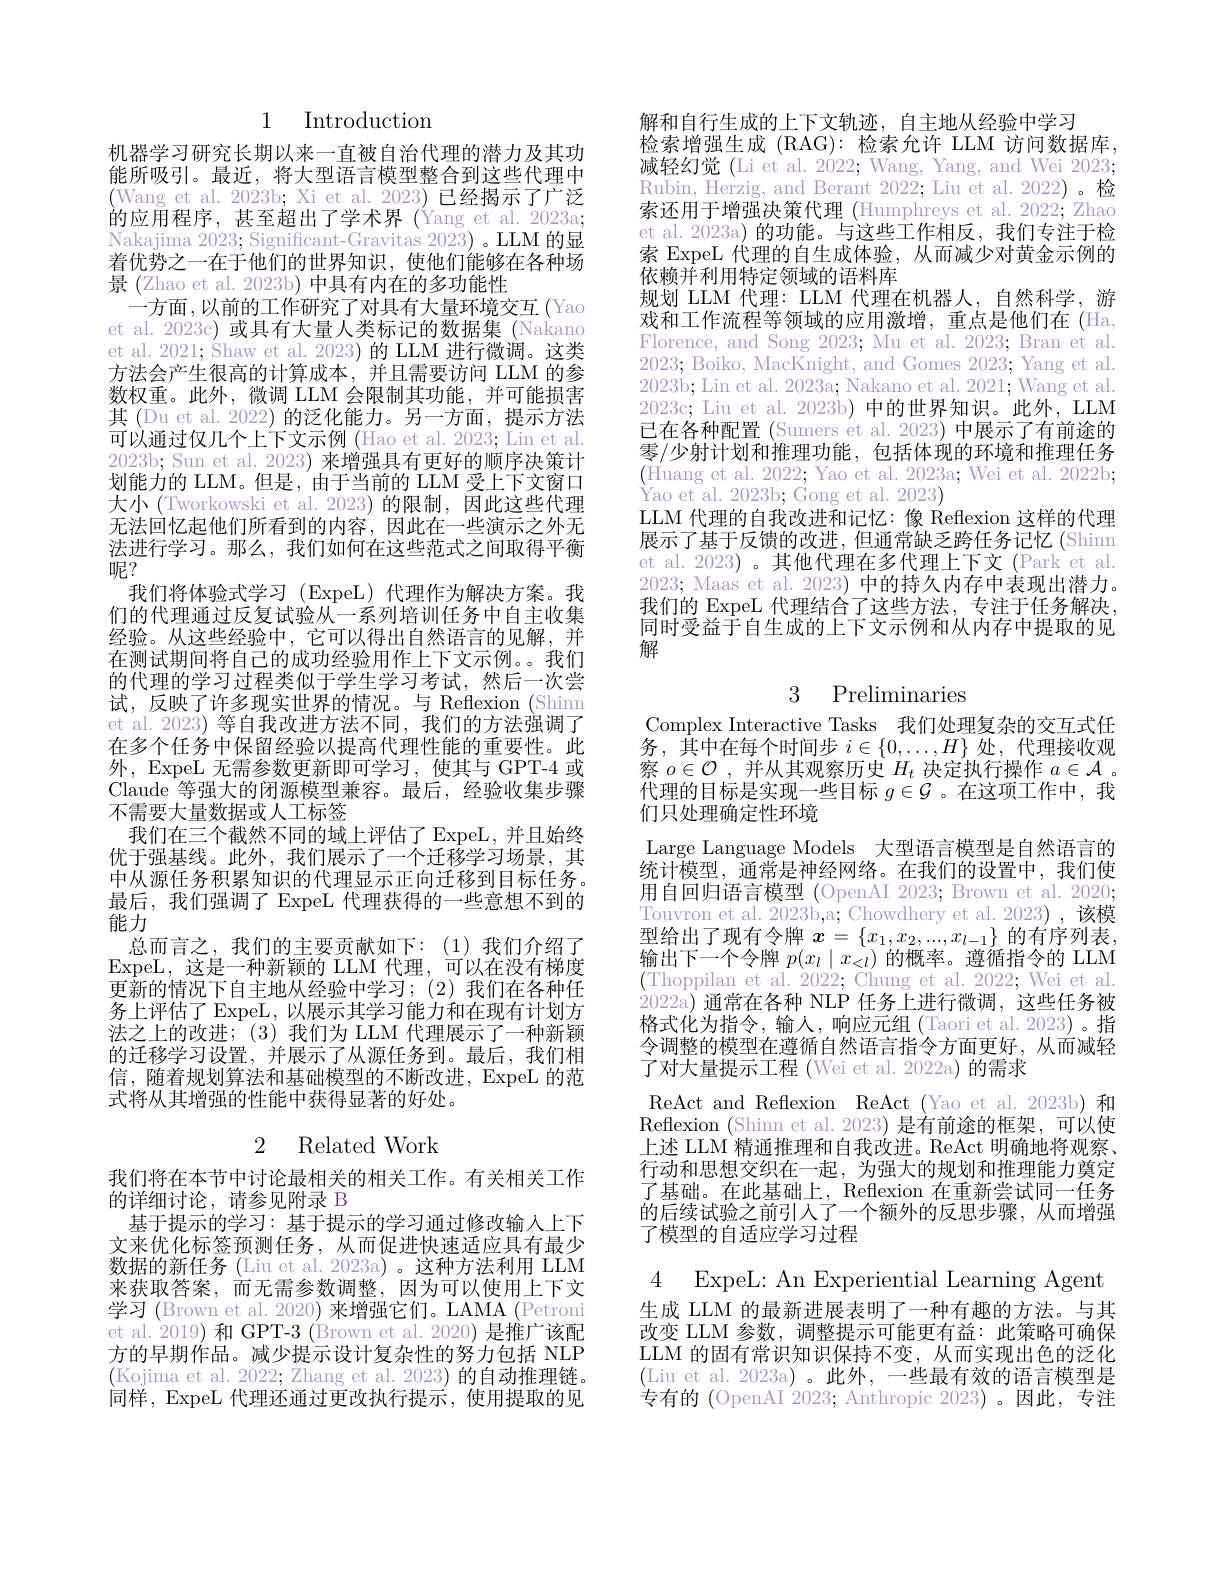
1 Introduction

机器学习研究长期以来一直被自治代理的潜力及其功能所吸引。最近，将大型语言模型整合到这些代理中(Wang et al. 2023b; Xi et al. 2023) 已经揭示了广泛的应用程序，甚至超出了学术界(Yang et al.2023a; Nakajima 2023; Significant-Gravitas 2023) 。LLM 的显着优势之一在于他们的世界知识，使他们能够在各种场景 (Zhao et al. 2023b) 中具有内在的多功能性
一方面 , 以前的工作研究了对具有大量环境交互 (Yao et al. 2023c) 或具有大量人类标记的数据集 (Nakano et al. 2021; Shaw et al. 2023) 的 LLM 进 行 微 调 。这 类 方法会产生很高的计算成本，并且需要访问 LLM 的参数权重。此外，微调 LLM 会限制其功能，并可能损害其 (Du et al. 2022) 的泛化能力。另一方面，提示方法可以通过仅几个上下文示例 (Hao et al. 2023; Lin et al. 2023b; Sun et al. 2023) 来增强具有更好的顺序决策计划能力的 LLM。但是，由于当前的 LLM 受上下文窗口大小 (Tworkowski et al. 2023) 的限制，因此这些代理无法回忆起他们所看到的内容，因此在一些演示之外无法进行学习。那么，我们如何在这些范式之间取得平衡呢？
我们将体验式学习(ExpeL)代理作为解决方案。我们的代理通过反复试验从一系列培训任务中自主收集经验。从这些经验中，它可以得出自然语言的见解，并在测试期间将自己的成功经验用作上下文示例。我们的代理的学习过程类似于学生学习考试，然后一次尝试，反映了许多现实世界的情况。与 Reflexion (Shinn et al. 2023) 等自我改进方法不同，我们的方法强调了在多个任务中保留经验以提高代理性能的重要性。此外，ExpeL 无需参数更新即可学习，使其与 GPT-4 或Claude 等强大的闭源模型兼容。最后，经验收集步骤不需要大量数据或人工标签
我们在三个截然不同的域上评估了 ExpeL,并且始终优于强基线。此外，我们展示了一个迁移学习场景，其中从源任务积累知识的代理显示正向迁移到目标任务。最后，我们强调了 ExpeL 代理获得的一些意想不到的能力
总而言之，我们的主要贡献如下：(1)我们介绍了ExpeL,这是一种新颖的 LLM 代理，可以在没有梯度更新的情况下自主地从经验中学习；(2)我们在各种任务上评估了 ExpeL, 以展示其学习能力和在现有计划方法之上的改进；(3)我们为 LLM 代理展示了一种新颖的迁移学习设置，并展示了从源任务到。最后，我们相信，随着规划算法和基础模型的不断改进，ExpeL 的范式将从其增强的性能中获得显著的好处。
2 Related Work

我们将在本节中讨论最相关的相关工作。有关相关工作
的详细讨论，请参见附录 B
基于提示的学习：基于提示的学习通过修改输人上下文来优化标签预测任务，从而促进快速适应具有最少数据的新任务 (Liu et al. 2023a) 。这种方法利用 LLM 来获取答案，而无需参数调整，因为可以使用上下文学习 (Brown et al. 2020) 来增强它们。LAMA (Petroni et al. 2019) 和 GPT-3 (Brown et al. 2020) 是推广该配方的早期作品。减少提示设计复杂性的努力包括 NLP (Kojima et al. 2022; Zhang et al. 2023) 的自动推理链。同样，ExpeL 代理还通过更改执行提示，使用提取的见

解和自行生成的上下文轨迹，自主地从经验中学习
检索增强生成 (RAG): 检索允许 LLM 访问数据库， 减轻幻觉 (Li et al. 2022; Wang, Yang, and Wei 2023; Rubin, Herzig, and Berant 2022; Liu et al. 2022) 。检索还用于增强决策代理 (Humphreys et al. 2022; Zhao et al. 2023a) 的功能。与这些工作相反，我们专注于检索 ExpeL 代理的自生成体验，从而减少对黄金示例的依赖并利用特定领域的语料库
规划 LLM 代理：LLM 代理在机器人，自然科学，游戏和工作流程等领域的应用激增，重点是他们在(Ha, Florence, and Song 2023; Mu et al. 2023; Bran et al. 2023; Boiko, MacKnight, and Gomes 2023; Yang et al. 2023b; Lin et al. 2023a; Nakano et al. 2021; Wang et al. 2023c; Liu et al. 2023b) 中的世界知识。此外，LLM 已在各种配置 (Sumers et al. 2023) 中展示了有前途的零/少射计划和推理功能，包括体现的环境和推理任务(Huang et al. 2022; Yao et al. 2023a; Wei et al. 2022b; $\dot{\text{Yao et al. 2023b; Gong et al. 2023}}$
LLM 代理的自我改进和记忆：像 Reflexion 这样的代理展示了基于反馈的改进，但通常缺乏跨任务记忆(Shinn et al. 2023) 。其他代理在多代理上下文 (Park et al. 2023; Maas et al. 2023) 中的持久内存中表现出潜力。我们的 ExpeL 代理结合了这些方法，专注于任务解决， 同时受益于自生成的上下文示例和从内存中提取的见解

# 3 Preliminaries

Complex Interactive Tasks 我们处理复杂的交互式任务，其中在每个时间步$i\in\{0,\ldots,H\}$处，代理接收观察$o\in\mathcal{O}$ ,并从其观察历史$H_t$决定执行操作$a\in\mathcal{A}$ 。代理的目标是实现一些目标$g\in\mathcal{G}$ 。在这项工作中，我们只处理确定性环境
Large Language Models 大型语言模型是自然语言的统计模型，通常是神经网络。在我们的设置中，我们使用自回归语言模型 (OpenAI 2023; Brown et al. 2020; Touvron et al. 2023b,a; Chowdhery et al.2023),该模型给出了现有令牌$x=\{x_1,x_2,...,x_{l-1}\}$的有序列表， $\begin{array}{l}\text{输出下一个令牌 }p(x_l\mid x_{<l})\text{ 的概率。遵循指令的 LLM}\\(\text{Thoppilan et al. 2022; Chung et al.2022; Wei et al.}\end{array}$ 2022a)通常在各种 NLP 任务上进行微调，这些任务被格式化为指令，输人，响应元组(Taori et al. 2023)。指令调整的模型在遵循自然语言指令方面更好，从而减轻了对大量提示工程 (Wei et al. 2022a) 的需求
ReAct and Reflexion ReAct (Yao et al. 2023b) 和Reflexion (Shinn et al. 2023) 是有前途的框架，可以使上述 LLM 精通推理和自我改进。ReAct 明确地将观察、 行动和思想交织在一起，为强大的规划和推理能力奠定了基础。在此基础上，Reflexion 在重新尝试同一任务的后续试验之前引入了一个额外的反思步骤，从而增强了模型的自适应学习过程

4 ExpeL: An Experiential Learning Agent
生成 LLM 的最新进展表明了一种有趣的方法。与其改变 LLM 参数，调整提示可能更有益：此策略可确保LLM 的固有常识知识保持不变，从而实现出色的泛化(Liu et al. 2023a)。此外，一些最有效的语言模型是专有的 (OpenAI 2023; Anthropic 2023)。因此，专注